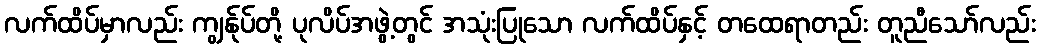
လက်ထိပ်မှာလည်း ကျွန်ုပ်တို့ ပုလိပ်အဖွဲ့တွင် အသုံးပြုသော လက်ထိပ်နှင့် တထေရာတည်း တူညီသော်လည်း